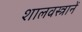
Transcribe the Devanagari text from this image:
शालवस्त्रानें